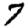
Digit: 7